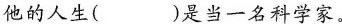
他的人生( )是当一名科学家。